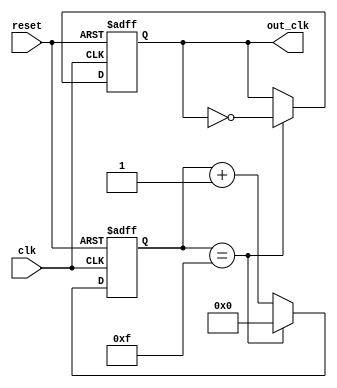
module RippleCounterClockDivider (
    input wire clk,
    input wire reset,
    output reg out_clk
);

reg [3:0] count;

always @(posedge clk or posedge reset) begin
    if (reset) begin
        count <= 4'b0000;
        out_clk <= 1'b0;
    end else begin
        if (count == 4'b1111) begin
            count <= 4'b0000;
            out_clk <= ~out_clk;
        end else begin
            count <= count + 1;
        end
    end
end

endmodule